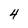
Character: 4